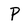
Character: P